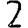
Digit: 2